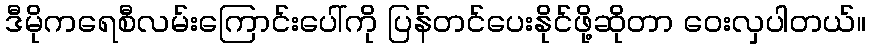
ဒီမိုကရေစီလမ်းကြောင်းပေါ်ကို ပြန်တင်ပေးနိုင်ဖို့ဆိုတာ ဝေးလှပါတယ်။